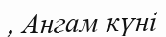
, Ангам күні